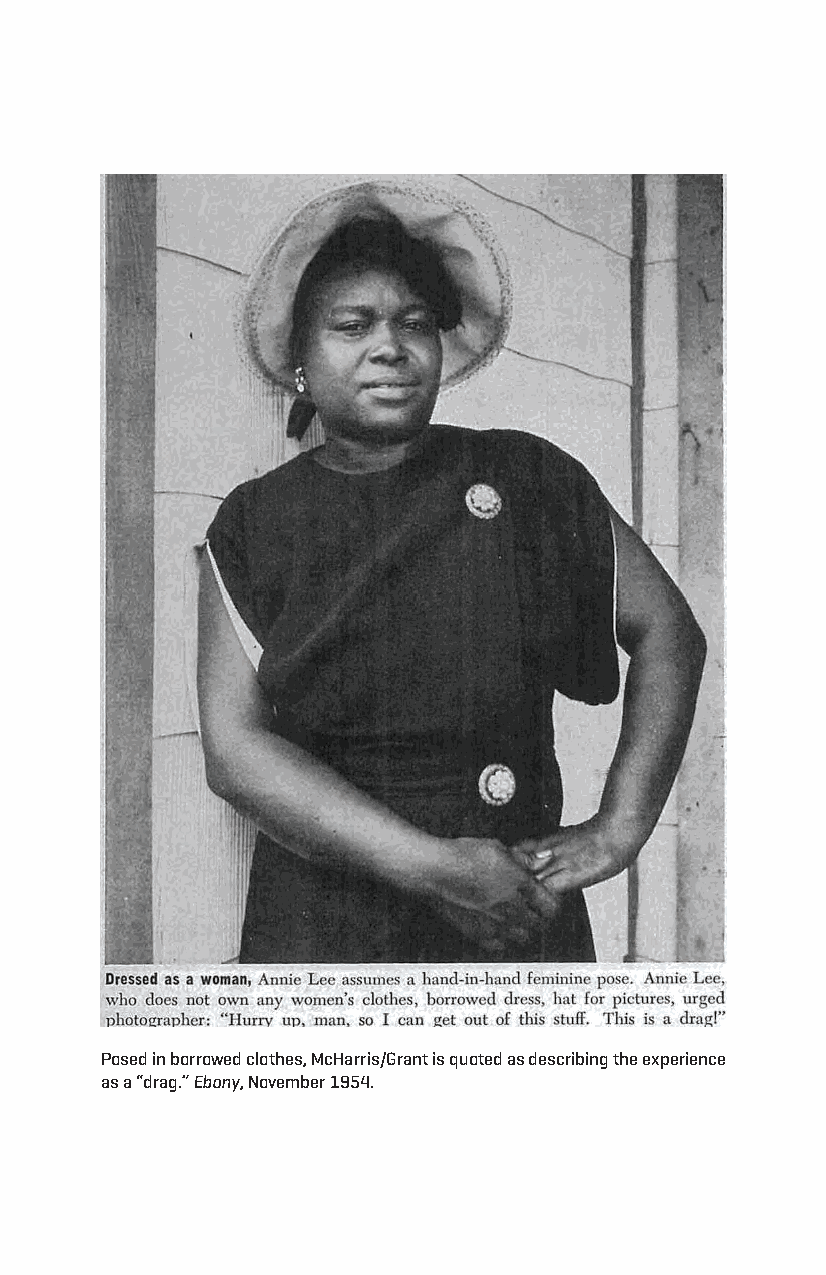
Posed in borrowed clothes, Mcharris/grant is quoted as describing the experience
 as a “drag.” Ebony, november 1954.
 Snorton.indd 173                            29/09/2017 8:41:08 AM